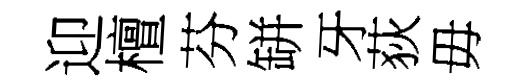
迎檀芬缾牙荻毋